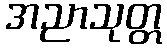
အညာသုတ္တ